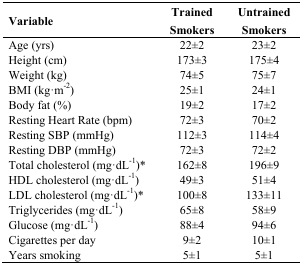
<table><thead><tr><td><b>Variable</b></td><td><b>Trained Smokers</b></td><td><b>Untrained Smokers</b></td></tr></thead><tbody><tr><td>Age (yrs)</td><td>22±2</td><td>23±2</td></tr><tr><td>Height (cm)</td><td>173±3</td><td>175±4</td></tr><tr><td>Weight (kg)</td><td>74±5</td><td>75±7</td></tr><tr><td>BMI (kg·m<sup>−2</sup>)</td><td>25±1</td><td>24±1</td></tr><tr><td>Body fat (%)</td><td>19±2</td><td>17±2</td></tr><tr><td>Resting Heart Rate (bpm)</td><td>72±3</td><td>70±2</td></tr><tr><td>Resting SBP (mmHg)</td><td>112±3</td><td>114±4</td></tr><tr><td>Resting DBP (mmHg)</td><td>72±3</td><td>72±2</td></tr><tr><td>Total cholesterol (mg·dL<sup>−1</sup>)*</td><td>162±8</td><td>196±9</td></tr><tr><td>HDL cholesterol (mg·dL<sup>−1</sup>)</td><td>49±3</td><td>51±4</td></tr><tr><td>LDL cholesterol (mg·dL<sup>−1</sup>)*</td><td>100±8</td><td>133±11</td></tr><tr><td>Triglycerides (mg·dL<sup>−1</sup>)</td><td>65±8</td><td>58±9</td></tr><tr><td>Glucose (mg·dL<sup>−1</sup>)</td><td>88±4</td><td>94±6</td></tr><tr><td>Cigarettes per day</td><td>9±2</td><td>10±1</td></tr><tr><td>Years smoking</td><td>5±1</td><td>5±1</td></tr></tbody></table>